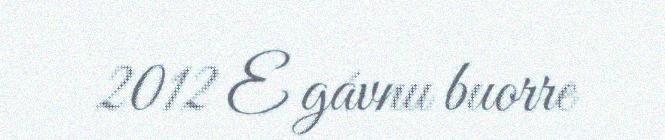
2012 E gávnu buorre